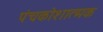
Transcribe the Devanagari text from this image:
पंचकोशात्मक